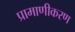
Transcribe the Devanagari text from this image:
प्रामाणीकरण